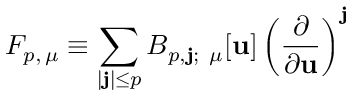
F _ { p , \, \mu } \equiv \sum _ { | \mathbf { j } | \le p } B _ { p , \mathbf { j } ; \ \mu } [ \mathbf { u } ] \left( \frac { \partial } { \partial \mathbf { u } } \right) ^ { \mathbf { j } }